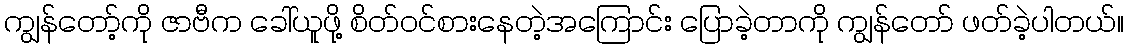
ကျွန်တော့်ကို ဇာဗီက ခေါ်ယူဖို့ စိတ်ဝင်စားနေတဲ့အကြောင်း ပြောခဲ့တာကို ကျွန်တော် ဖတ်ခဲ့ပါတယ်။